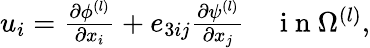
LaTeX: \begin{array}{r}{u_{i}=\frac{\partial\phi^{(l)}}{\partial x_{i}}+e_{3ij}\frac{\partial\psi^{(l)}}{\partial x_{j}}\quad\mathrm{~i~n~}\Omega^{(l)},}\end{array}